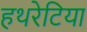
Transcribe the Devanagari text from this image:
हथरेटिया